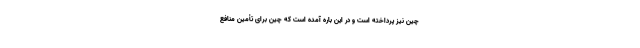
چین نیز پرداخته است و در این باره آمده است که چین برای تأمین منافع